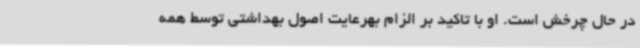
در حال چرخش است. او با تاکید بر الزام بهرعایت اصول بهداشتی توسط همه